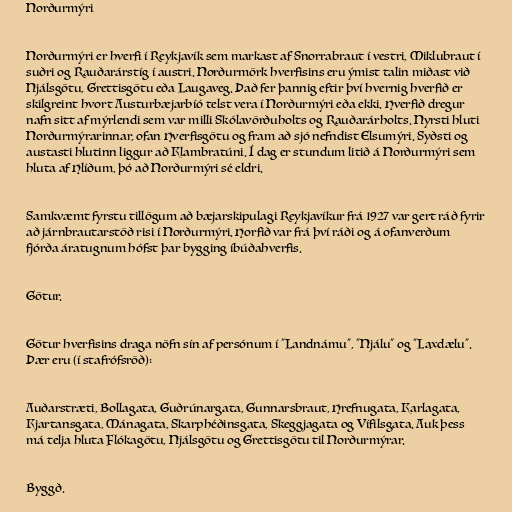
Norðurmýri

Norðurmýri er hverfi í Reykjavík sem markast af Snorrabraut í vestri, Miklubraut í
suðri og Rauðarárstíg í austri. Norðurmörk hverfisins eru ýmist talin miðast við
Njálsgötu, Grettisgötu eða Laugaveg. Það fer þannig eftir því hvernig hverfið er
skilgreint hvort Austurbæjarbíó telst vera í Norðurmýri eða ekki. Hverfið dregur
nafn sitt af mýrlendi sem var milli Skólavörðuholts og Rauðarárholts. Nyrsti hluti
Norðurmýrarinnar, ofan Hverfisgötu og fram að sjó nefndist Elsumýri. Syðsti og
austasti hlutinn liggur að Klambratúni. Í dag er stundum litið á Norðurmýri sem
hluta af Hlíðum, þó að Norðurmýri sé eldri.

Samkvæmt fyrstu tillögum að bæjarskipulagi Reykjavíkur frá 1927 var gert ráð fyrir
að járnbrautarstöð risi í Norðurmýri. Horfið var frá því ráði og á ofanverðum
fjórða áratugnum hófst þar bygging íbúðahverfis.

Götur.

Götur hverfisins draga nöfn sín af persónum í "Landnámu", "Njálu" og "Laxdælu".
Þær eru (í stafrófsröð):

Auðarstræti, Bollagata, Guðrúnargata, Gunnarsbraut, Hrefnugata, Karlagata,
Kjartansgata, Mánagata, Skarphéðinsgata, Skeggjagata og Vífilsgata. Auk þess
má telja hluta Flókagötu, Njálsgötu og Grettisgötu til Norðurmýrar.

Byggð.